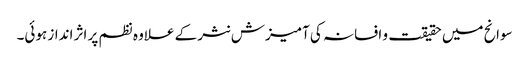
سوانح میں حقیقت و افسانہ کی آمیزش نثر کے علاوہ نظم پر اثر انداز ہوئی۔